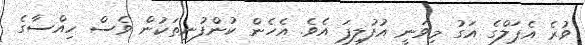
ވުރެ އެޕަލްގެ އަގު މިވަނީ އުފުލިފަ އެވެ. އެހެން ކުންފުނިތަކުން ވެސް ހިއްސާގެ